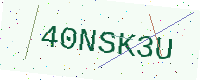
Text: 40NSK3U